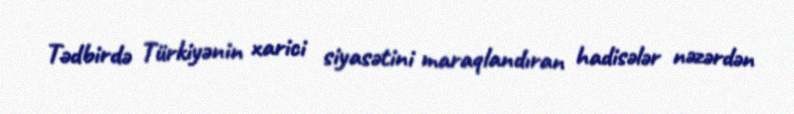
Tədbirdə Türkiyənin xarici siyasətini maraqlandıran hadisələr nəzərdən